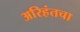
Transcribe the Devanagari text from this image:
अरिहंतचा